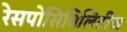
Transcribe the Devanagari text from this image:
रेसपोंसिबिलिटीज